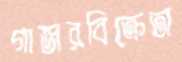
গাজরবিক্রেতা